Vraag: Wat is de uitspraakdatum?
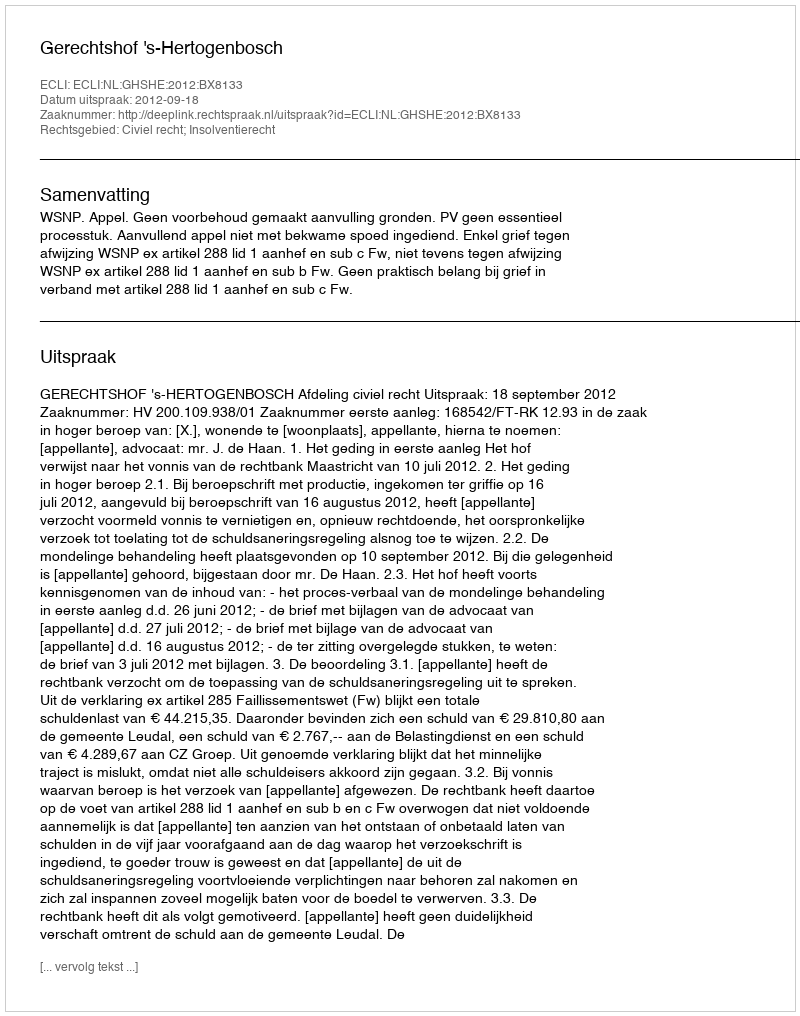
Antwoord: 2012-09-18